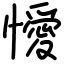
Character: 懓